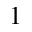
1